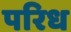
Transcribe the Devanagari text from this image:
परिध